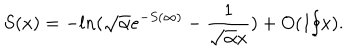
S ( x ) = - l n ( \sqrt { \alpha } e ^ { - S ( \infty ) } - \frac { 1 } { \sqrt { \alpha } x } ) + O ( 1 / x ) .